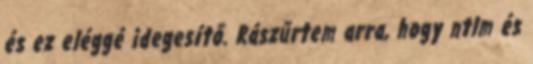
és ez eléggé idegesítő. Rászűrtem arra, hogy ntlm és